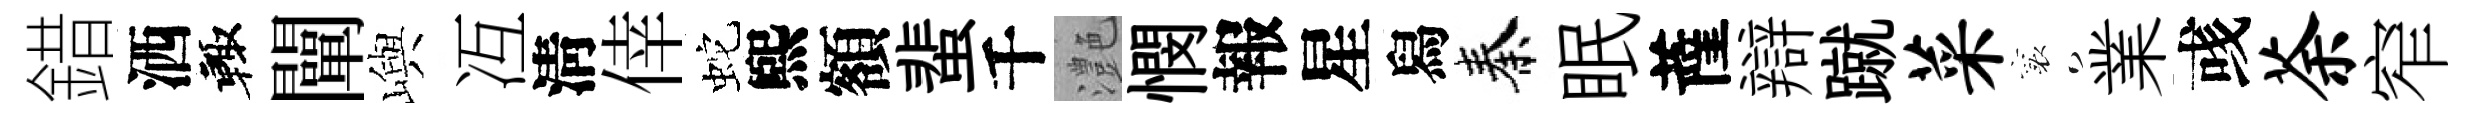
錯洒輙闡嶼冱淸倖蛇煕額蜚千灔憫報星舄秦眠薩辯蹴菜襄業彧荼窄